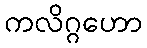
ကလိဂ္ဂဟော